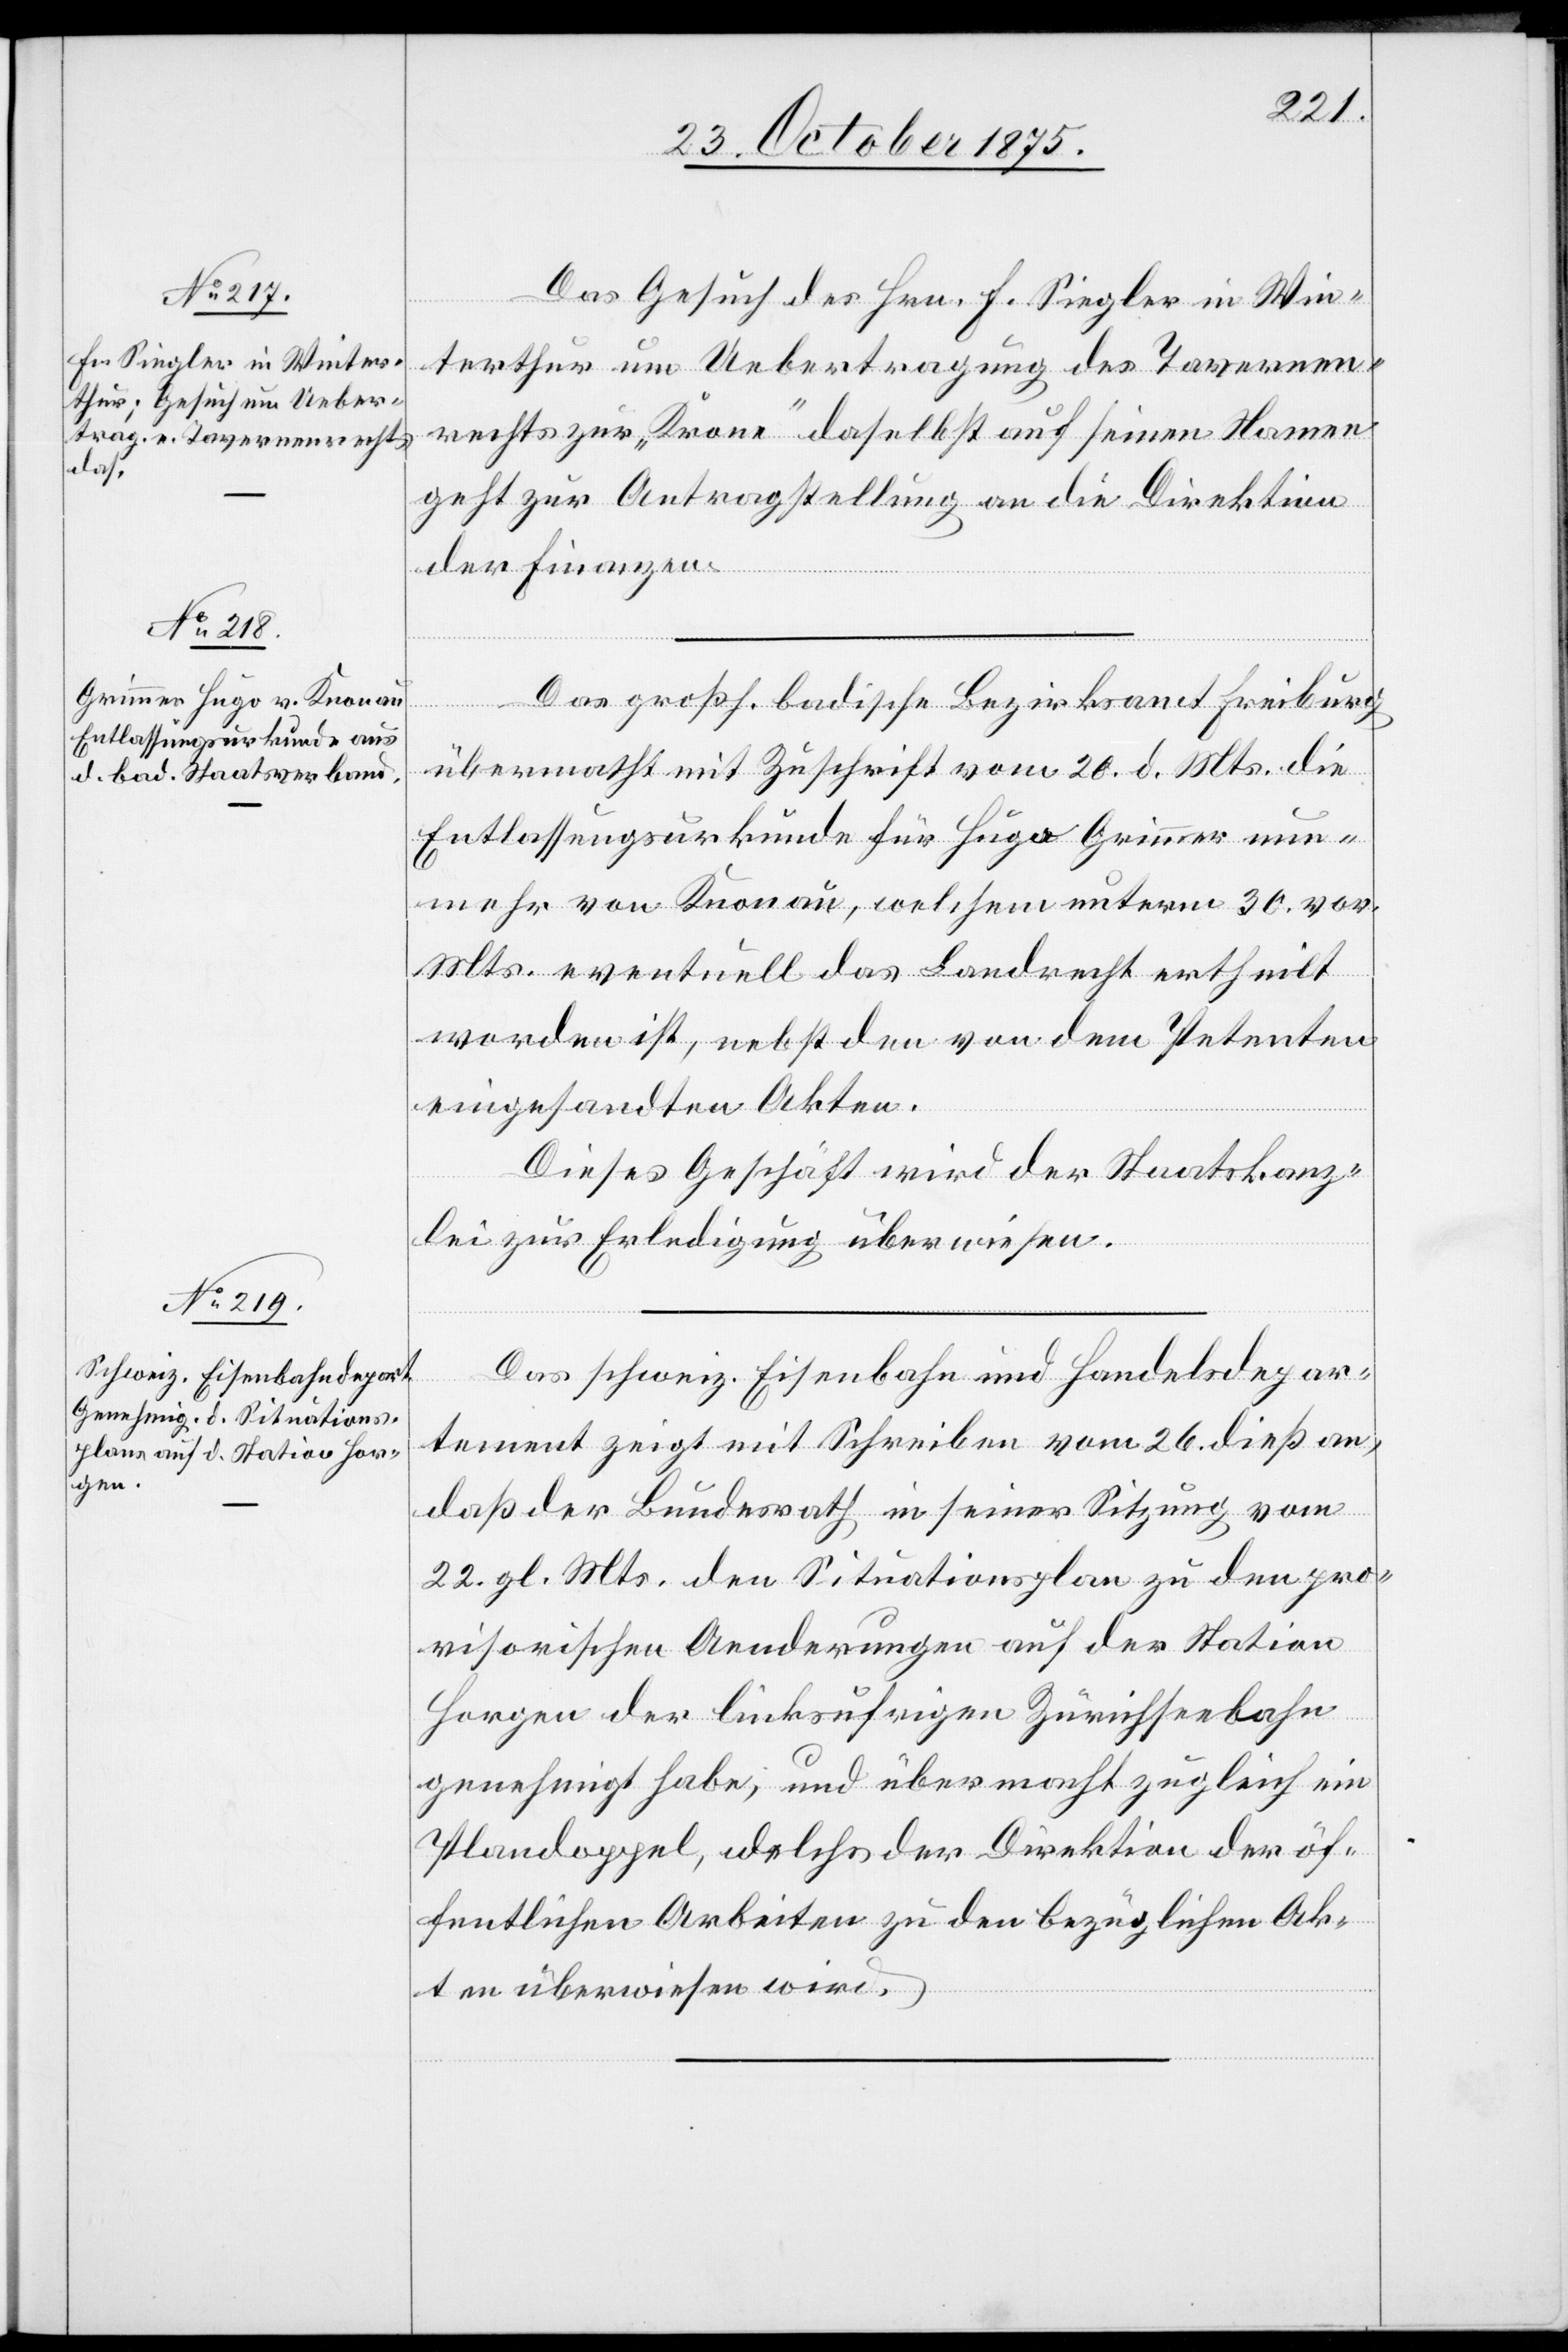
28. October 1875.]
Das Gesuch des Hrn. F. Siegler in Win¬
terthur um Uebertragung des Tavernen¬
rechts zur „Krone“ daselbst auf seinen Namen[,]
geht zur Antragstellung an die Direktion
der Finanzen.
Das großh. badische Bezirksamt Freiburg
übermacht mit Zuschrift vom 20. d. Mts. die
Entlassungsurkunde für Hugo Grimmer nun¬
mehr von Knonau, welchem unterm 30. vor.
Mts. eventuell das Landrecht ertheilt
worden ist, nebst den von dem Petenten
eingesandten Akten.
Dieses Geschäft wird der Staatskanz¬
lei zur Erledigung überwiesen.
Das schweiz. Eisenbahn- und Handelsdepar¬
tement zeigt mit Schreiben vom 26. dieß an,
daß der Bundesrath in seiner Sitzung vom
22. gl. Mts. den Situationsplan zu den pro¬
visorischen Aenderungen auf der Station
Horgen der linksufrigen Zürichseebahn
genehmigt habe, und übermacht zugleich ein
Plandoppel, welches der Direktion der öf¬
fentlichen Arbeiten zu den bezüglichen Ak¬
ten überwiesen wird.